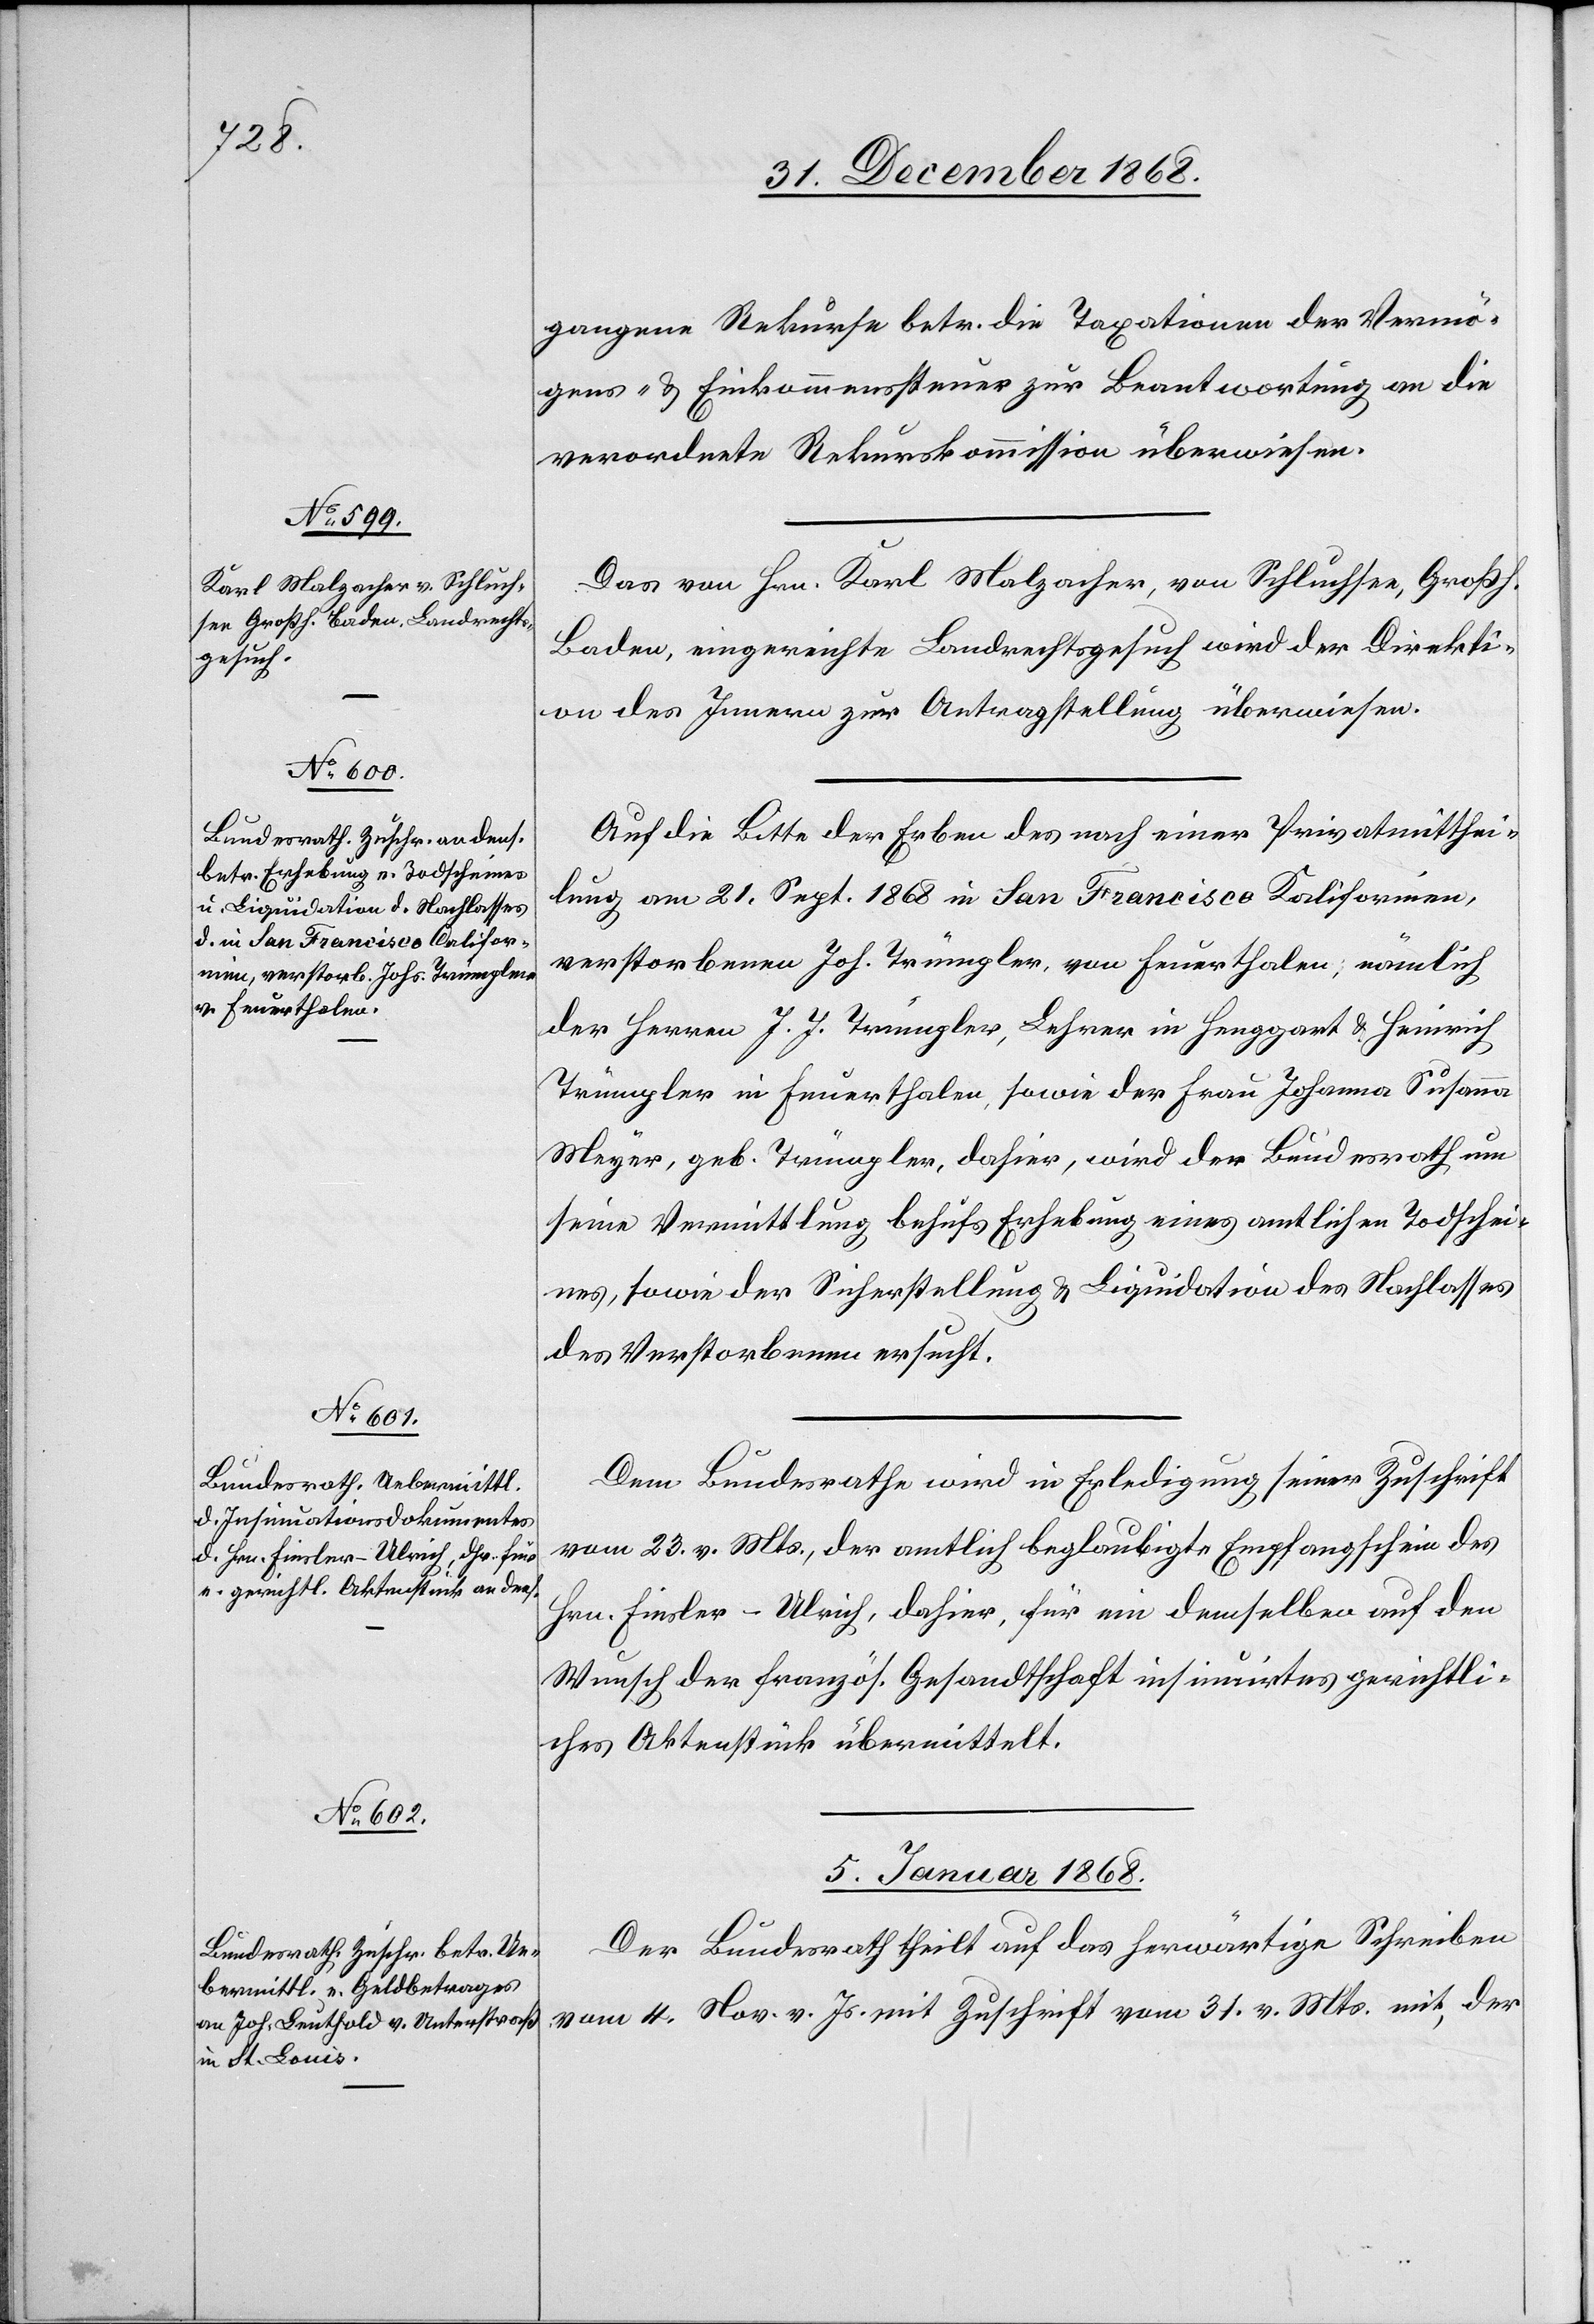
gangene Rekurse betr. die Taxationen der Vermö¬
gens- & Einkommenssteuer zur Beantwortung an die
verordnete Rekurskommission überwiesen.
Das von Hrn. Karl Malzacher, von Schluchsee, Großh.
Baden, eingereichte Landrechtsgesuch wird der Direkti¬
on des Innern zur Antragstellung überwiesen.
Auf die Bitte der Erben des nach einer Privatmitthei¬
lung am 21. Sept. 1868 in San Francisco Kalifornien,
verstorbenen Joh. Trümpler, von Feuerthalen, nämlich
der Herren J. J. Trümpler, Lehrer in Henggart & Heinrich
Trümpler in Feuerthalen, sowie der Frau Johanna Susanna
Meyer, geb. Trümpler, dahier, wird der Bundesrath um
seine Vermittlung behufs Erhebung eines amtlichen Todschei¬
nes, sowie der Sicherstellung & Liquidation des Nachlasses
des Verstorbenen ersucht.
Dem Bundesrathe wird in Erledigung seiner Zuschrift
vom 23. v. Mts., der amtlich beglaubigte Empfangschein des
Hrn. Finsler-Ulrich, dahier, für ein demselben auf den
Wunsch der französ. Gesandtschaft insinuirtes gerichtli¬
ches Aktenstück übermittelt.
5. Januar 1868
Der Bundesrath theilt auf das herwärtige Schreiben
vom 4. Nov. v. Js. mit Zuschrift vom 31. v. Mts. mit, der